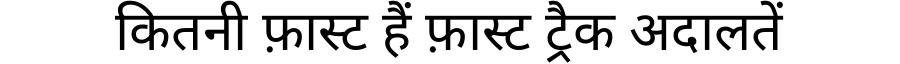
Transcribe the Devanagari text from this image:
कितनी फ़ास्ट हैं फ़ास्ट ट्रैक अदालतें